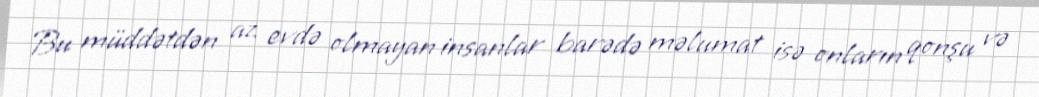
Bu müddətdən az evdə olmayan insanlar barədə məlumat isə onların qonşu və